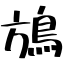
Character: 鴋